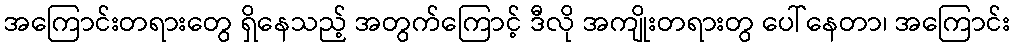
အကြောင်းတရားတွေ ရှိနေသည့် အတွက်ကြောင့် ဒီလို အကျိုးတရားတွ ပေါ်နေတာ၊ အကြောင်း